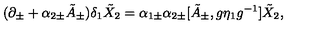
( \partial _ { \pm } + \alpha _ { 2 \pm } \tilde { A } _ { \pm } ) \delta _ { 1 } \tilde { X } _ { 2 } = \alpha _ { 1 \pm } \alpha _ { 2 \pm } [ \tilde { A } _ { \pm } , g \eta _ { 1 } g ^ { - 1 } ] \tilde { X } _ { 2 } ,